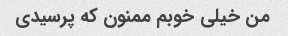
من خیلی خوبم ممنون که پرسیدی